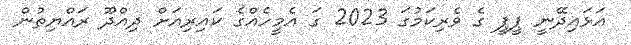
އަޅައިދޭނީ ޕީޕީ ގެ ވެރިކަމުގަ 2023 ގަ އެމީހެއްގެ ކައިރިއަށް ދިއްދޫ ރައްޔިތުން